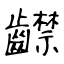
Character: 齽